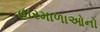
હારમાળાઓનો